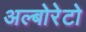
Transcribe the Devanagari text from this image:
अल्बोरेटो